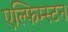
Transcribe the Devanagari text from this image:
एल्फिम्स्टन